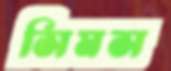
সিমস